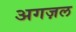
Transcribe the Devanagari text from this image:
अगज़ल